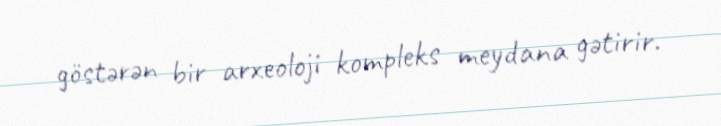
göstərən bir arxeoloji kompleks meydana gətirir.